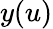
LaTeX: y(u)